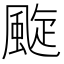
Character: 颴